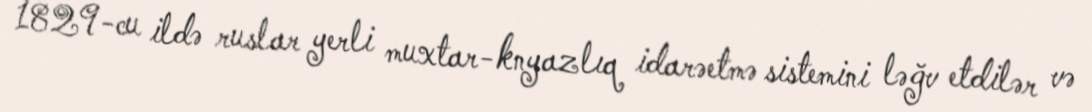
1829-cu ildə ruslar yerli muxtar-knyazlıq idarəetmə sistemini ləğv etdilər və